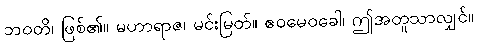
ဘဝတိ၊ ဖြစ်၏။ မဟာရာဇ၊ မင်းမြတ်။ ဧဝမေဝခေါ၊ ဤအတူသာလျှင်။